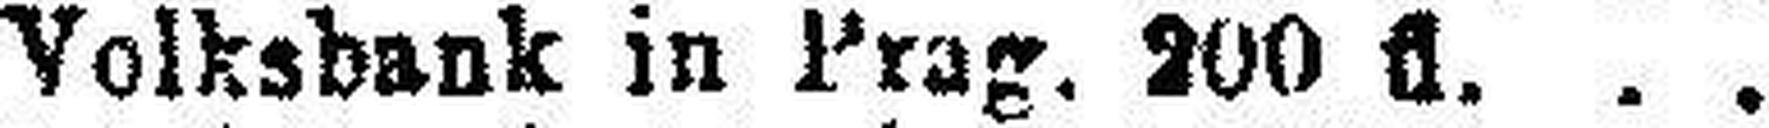
„ Volksbank in Prag. 200 fl.